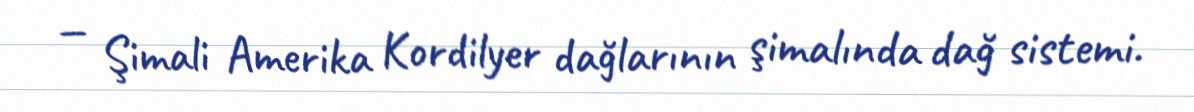
— Şimali Amerika Kordilyer dağlarının şimalında dağ sistemi.